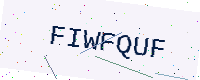
Text: FIWFQUF